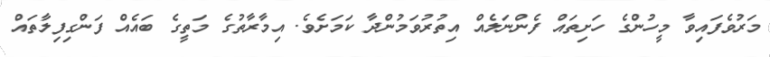
މަރުވެފައިވާ މީހުންގެ ހަށިތައް ފެންނަލެއް އިތުރުވަމުންދާ ކަމަށެވެ. އިމާރާތުގެ މަތީގެ ބައެއް ފަންގިފިލާތައް